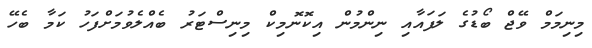
މިނިމަމް ވޭޖް ބޯޑުގެ ލަފައާއި ނިންމުން އިކޮނޮމިކް މިނިސްޓަރު ބެއްލެވުމަށްފަހު ކަމާ ބެހޭ